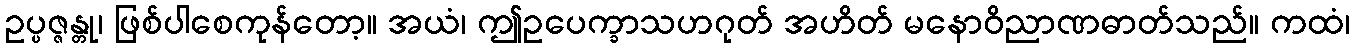
ဥပ္ပဇ္ဇန္တု၊ ဖြစ်ပါစေကုန်တော့။ အယံ၊ ဤဥပေက္ခာသဟဂုတ် အဟိတ် မနောဝိညာဏဓာတ်သည်။ ကထံ၊